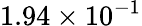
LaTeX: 1.94\times 10^{-1}